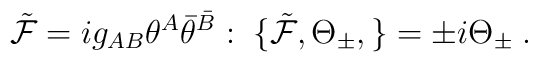
{\tilde {\cal F}}=ig_{AB}\theta^A{\bar\theta}^{\bar B}:\; \{ {\tilde{\cal F}},\Theta_\pm,\}=\pm i \Theta_\pm \; .